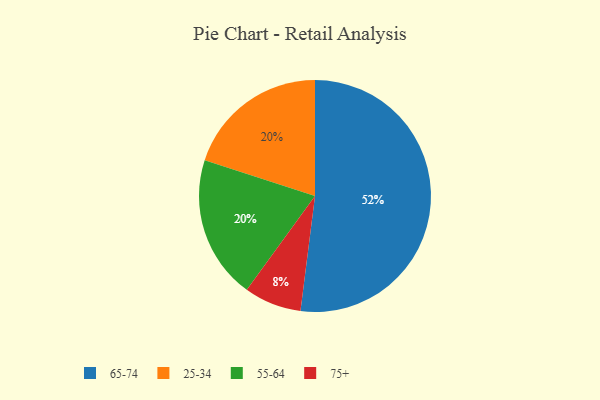
{"axis": {"x": "Category", "y": "Percentage"}, "legend": ["25-34", "55-64", "65-74", "75+"], "data": [{"x": "65-74", "y": 52, "type": "65-74"}, {"x": "75+", "y": 8, "type": "75+"}, {"x": "25-34", "y": 20, "type": "25-34"}, {"x": "55-64", "y": 20, "type": "55-64"}]}